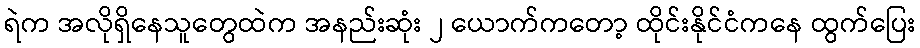
ရဲက အလိုရှိနေသူတွေထဲက အနည်းဆုံး ၂ ယောက်ကတော့ ထိုင်းနိုင်ငံကနေ ထွက်ပြေး